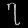
Digit: ၇